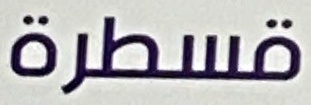
قسطرة